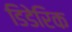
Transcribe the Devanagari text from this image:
डिडेरिक